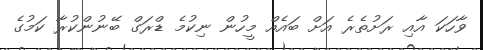
ވާހަކަ އާއި ރަށުތެރެ އަށް ބައެއް މީހުން ނިކުމެ ޑްރަގް ބޭނުންކުރާ ކަމުގެ